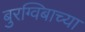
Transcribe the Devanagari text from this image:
बुरग्विबाच्या